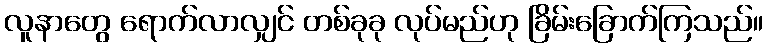
လူနာတွေ ရောက်လာလျှင် တစ်ခုခု လုပ်မည်ဟု ခြိမ်းခြောက်ကြသည်။